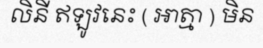
លិនី ឥឡូវនេះ ( អាត្មា ) មិន